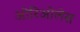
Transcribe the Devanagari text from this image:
ओरिओलेस